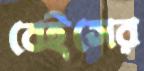
বেইসের